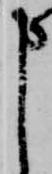
申